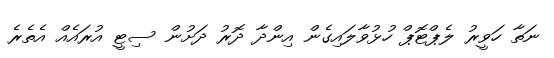
ނަތާ ހަވީރު ލެޕްޓޮޕް ހުޅުވާލައިގެން އިންދާ ދޮރު ދަށުން ސިޓީ އުރައެއް އެތެރެ